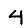
Digit: 4